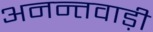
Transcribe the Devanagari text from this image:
अनन्तवाड़ी